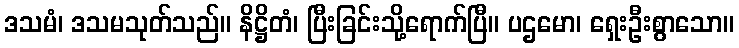
ဒသမံ၊ ဒသမသုတ်သည်။ နိဋ္ဌိတံ၊ ပြီးခြင်းသို့ရောက်ပြီ။ ပဌမော၊ ရှေးဦးစွာသော။